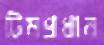
টিমপ্রধান